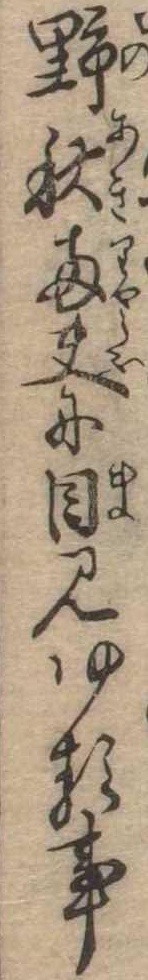
野秋両夫に目見ゆる事